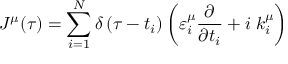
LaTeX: J ^ { \mu } ( \tau ) = \sum _ { i = 1 } ^ { N } \delta \left( \tau - t _ { i } \right) \left( \varepsilon _ { i } ^ { \mu } \frac \partial { \partial t _ { i } } + i \; k _ { i } ^ { \mu } \right)